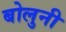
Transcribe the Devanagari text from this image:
बोलुनी